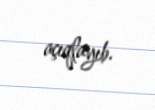
açıqlayıb.